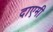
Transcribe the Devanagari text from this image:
दाएमी